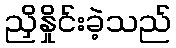
ညှိနှိုင်းခဲ့သည်